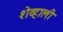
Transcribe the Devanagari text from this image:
शेव्हाली